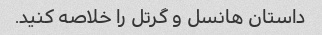
داستان هانسل و گرتل را خلاصه کنید.